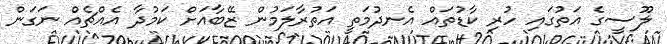
ލޫސީގެ އަތުގައި ހުރި ކާޑުތައް އެނދުމަތީ އަތުރާލަމުން ޒޭބާއަށް ކަމުދާ އެއްޗެއް ނަގަން